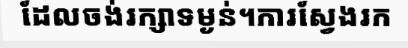
ដែលចង់រក្សាទម្ងន់។ការស្វែងរក